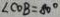
\angle C O B = 8 0 ^ { \circ }